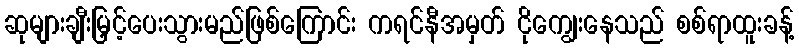
ဆုများချီးမြှင့်ပေးသွားမည်ဖြစ်ကြောင်း ကရင်နီအမှတ် ငိုကျွေးနေသည် စစ်ရာထူးခန့်